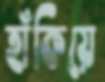
হাঁকিয়ে